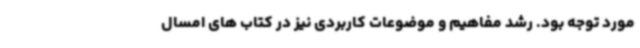
مورد توجه بود. رشد مفاهیم و موضوعات کاربردی نیز در کتاب های امسال